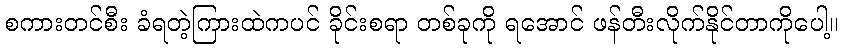
စကားတင်စီး ခံရတဲ့ကြားထဲကပင် ခိုင်းစရာ တစ်ခုကို ရအောင် ဖန်တီးလိုက်နိုင်တာကိုပေါ့။